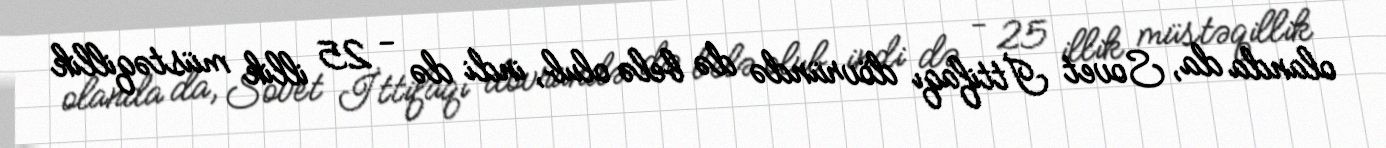
olanda da, Sovet İttifaqı dövründə də belə olub, indi də - 25 illik müstəqillik